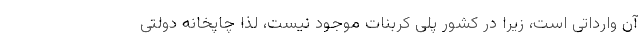
آن وارداتی است، زیرا در کشور پلی کربنات موجود نیست، لذا چاپخانه دولتی